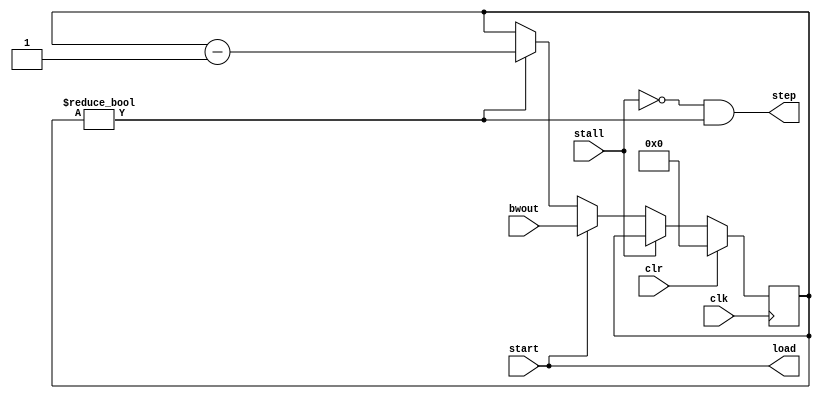
//
// MVU quantizer/serializer controller
//

`timescale 1 ns / 1 ps
module quantser_ctrl #(
    parameter BWOUT     = 32,               // Max output bitwidth
    parameter BWBWOUT   = $clog2(BWOUT)     // Bitwidth of the bwout port
) (
    input   wire                    clk,     // Clock
    input   wire                    clr,     // Clear
    input   wire [BWBWOUT-1 : 0]    bwout,   // Output bitwidth
    input   wire                    start,   // Start the serializer
    input   wire                    stall,   // Stall
    output  wire                    load,    // Load the output shift register
    output  wire                    step     // Step the output shift register
);


// Internal registers
reg     [BWBWOUT-1 : 0]   counter;          // Countdown counter


// Countdown counter
always @(posedge clk) begin
    if (clr) begin
        counter <= 0;
    end else begin
        if (!stall) begin
            if (start) begin
                // Load the counter
                counter <= bwout;
            end else begin
                if (counter != 0) begin
                    counter <= counter - 1;
                end
            end
        end
    end
end

// Signal assignments
assign step = !stall & counter != 0;
assign load = start;


endmodule